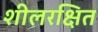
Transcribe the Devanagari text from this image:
शीलरक्षित